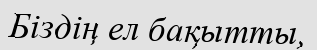
Біздің ел бақытты,